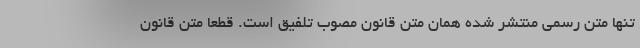
تنها متن رسمی منتشر شده همان متن قانون مصوب تلفیق است. قطعا متن قانون